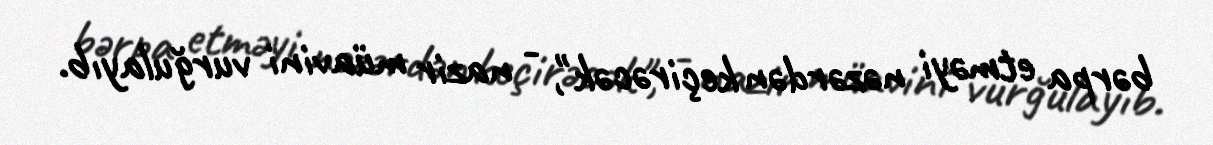
bərpa etməyi nəzərdən keçirəcək", - nazir müavini vurğulayıb.